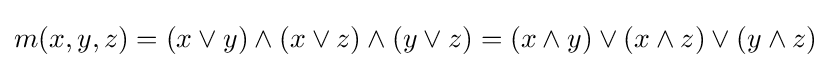
m(x,y,z)=(x\vee y)\wedge (x\vee z)\wedge (y\vee z)=(x\wedge y)\vee (x\wedge z)\vee (y\wedge z)